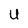
Character: U